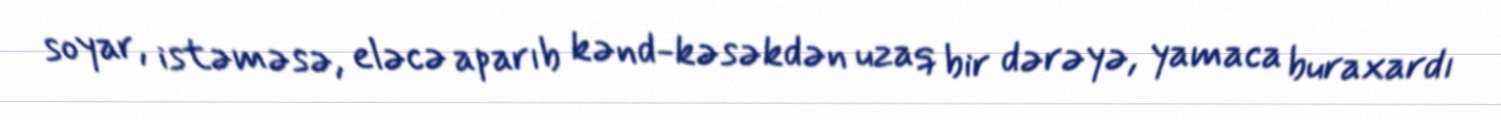
soyar, istəməsə, eləcə aparıb kənd-kəsəkdən uzaq bir dərəyə, yamaca buraxardı